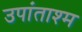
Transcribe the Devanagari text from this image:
उपांताश्म